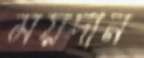
ময়দান